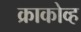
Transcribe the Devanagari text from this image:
क्राकोव्ह